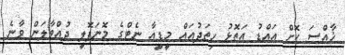
ޚާއްސަ ކޮށް އައްޑު އަތޮޅު ހިތަދުއައް މީޑީއާ ނެޓްގެ މޮނަޕޮލީ ދުއްވާލަން ވާނެ